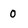
Character: 0